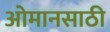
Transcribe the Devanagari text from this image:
ओमानसाठी